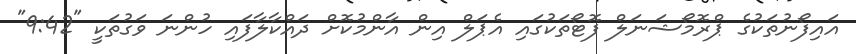
އައިފޯނުތަކުގެ ޕްރޮމޯޝަނަލް ފޮޓޯތަކުގައި އެޕަލް އިން އާންމުކޮށް ދައްކާލާފައި ހުންނަ ވަގުތަކީ "9:42"